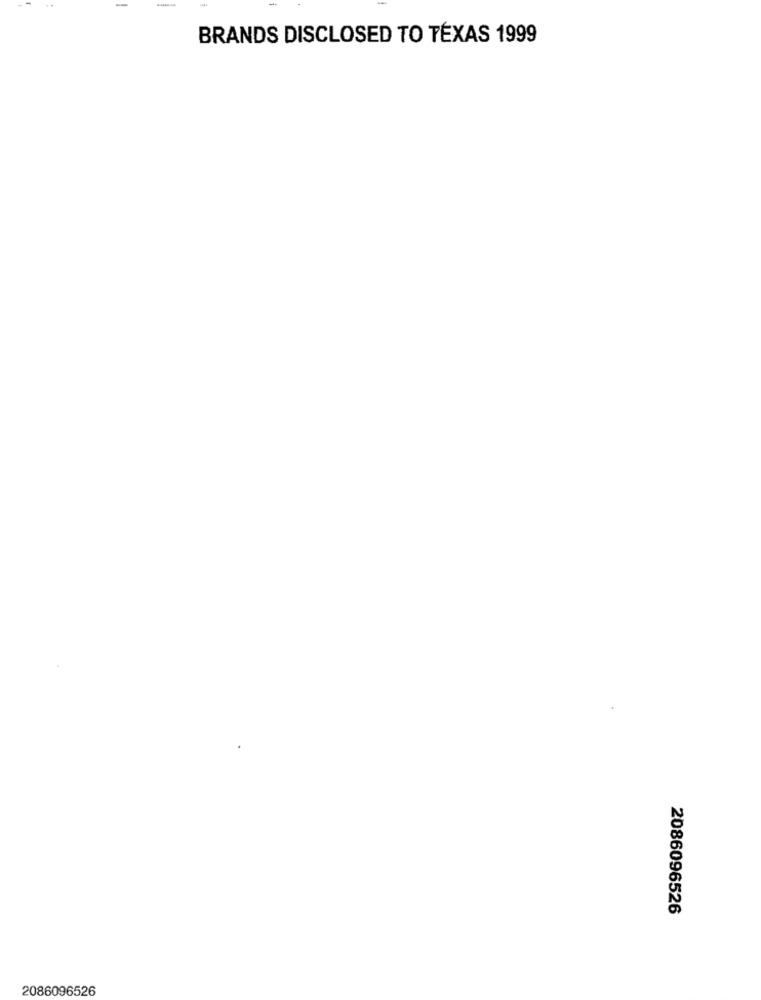
-
BRANDS DISCLOSED TO TEXAS 1999
2086096526
2086096526